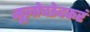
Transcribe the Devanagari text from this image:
मूलोच्छेदकरं